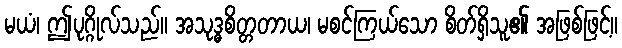
မယံ၊ ဤပုဂ္ဂိုလ်သည်။ အသုဒ္ဓစိတ္တတာယ၊ မစင်ကြယ်သော စိတ်ရှိသူ၏ အဖြစ်ဖြင့်။